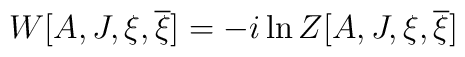
W[A,J,\xi,\overline{\xi}]=-i\ln Z[A,J,\xi,\overline{\xi}]